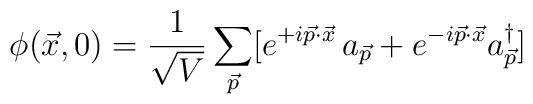
\phi(\vec{x},0)={1\over {\sqrt{V}}} \sum_{\vec{p}}[e^{+ i \vec{p} \cdot \vec{x}} \, a_{\vec{p}} + e^{- i \vec{p} \cdot \vec{x}} a_{\vec{p}}^{\dag}]